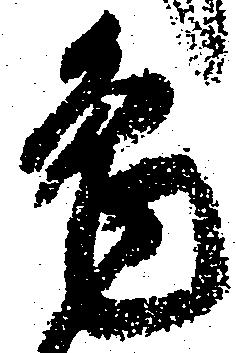
兎